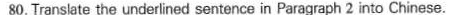
80.Translate the underlined sentence in Paragraph 2 into Chinese.